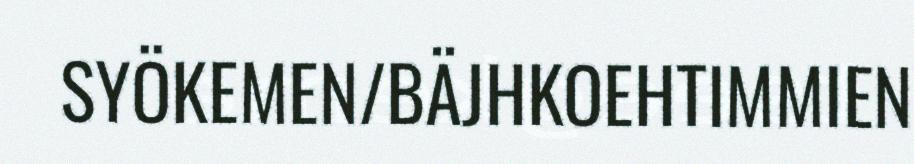
SYÖKEMEN/BÄJHKOEHTIMMIEN